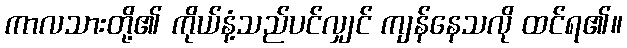
ကာလသားတို့၏ ကိုယ်နံ့သည်ပင်လျှင် ကျန်နေသလို ထင်ရ၏။